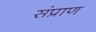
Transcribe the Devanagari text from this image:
संप्राण